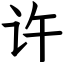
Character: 许